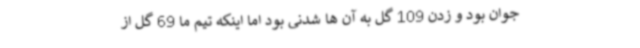
جوان بود و زدن 109 گل به آن ها شدنی بود اما اینکه تیم ما 69 گل از